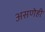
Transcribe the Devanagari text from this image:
असणेही